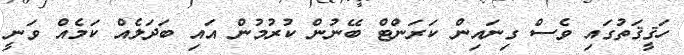
ހަޤީޤަތުގައި ވެސް ގިނައިން ކަރަންޓް ބޭނުން ކުރުމުން އައި ބަދަލެއް ކަމެއް ވަނީ